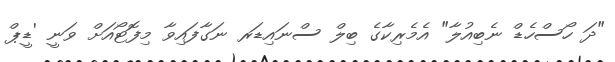
"ދަ ހޯސްހެޑް ނެބިއުލާ" އެމެރިކާގެ ބިލް ސްނައިޑަރ ނަގާފައިވާ މިފޮޓޯއަށް ވަނީ 'ޑީޕް